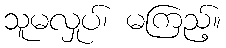
သူမလှုပ်၊ မကြည့်။